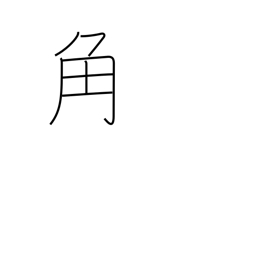
Meaning: square